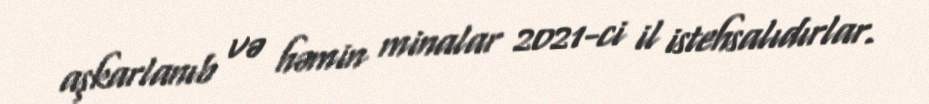
aşkarlanıb və həmin minalar 2021-ci il istehsalıdırlar.